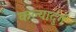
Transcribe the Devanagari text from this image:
कल्यादुर्ग